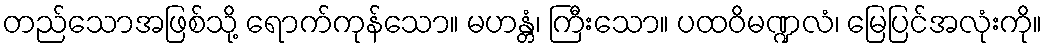
တည်သောအဖြစ်သို့ ရောက်ကုန်သော။ မဟန္တံ၊ ကြီးသော။ ပထဝိမဏ္ဍလံ၊ မြေပြင်အလုံးကို။